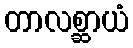
တာလစ္ဆာယံ